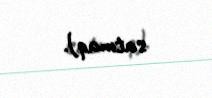
satmaq).